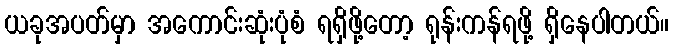
ယခုအပတ်မှာ အကောင်းဆုံးပုံစံ ရရှိဖို့တော့ ရုန်းကန်ရဖို့ ရှိနေပါတယ်။